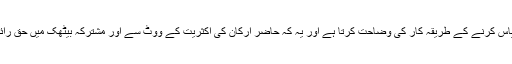
تاہم آرٹیکل70 عام بلوں کو متعارف کرانے اور پاس کرنے کے طریقہ کار کی وضاحت کرتا ہے اور یہ کہ حاضر ارکان کی اکثریت کے ووٹ سے اور مشترکہ بیٹھک میں حق رائے دہی سے کوئی ترمیم منظور کی جاسکتی ہے۔